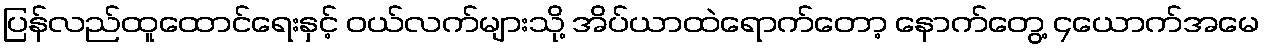
ပြန်လည်ထူထောင်ရေးနှင့် ဝယ်လက်များသို့ အိပ်ယာထဲရောက်တော့ နောက်တွေ့ ၄ယောက်အမေ